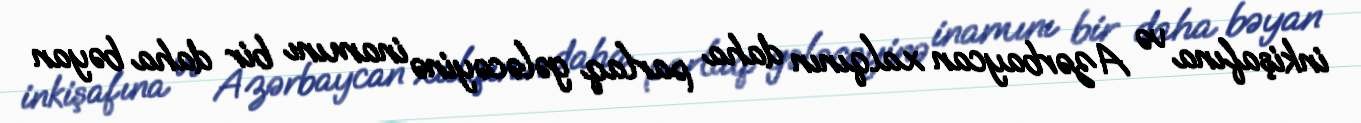
inkişafına və Azərbaycan xalqının daha parlaq gələcəyinə inamını bir daha bəyan